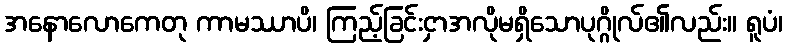
အနောလောကေတု ကာမဿာပိ၊ ကြည့်ခြင်းငှာအလိုမရှိသောပုဂ္ဂိုလ်၏လည်း။ ရူပံ၊